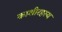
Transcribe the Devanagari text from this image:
काशीरहस्य